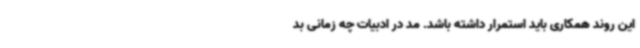
این روند همکاری باید استمرار داشته باشد. مد در ادبیات چه زمانی بد